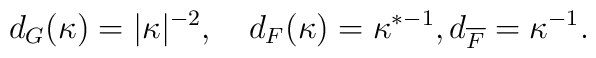
d_{G} (\kappa) = \vert \kappa \vert^{-2}, \ \ \ d_{F} (\kappa ) =\kappa^{* -1 }, d_{\overline F} = \kappa^{-1}.